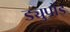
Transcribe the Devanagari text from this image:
ड्युपोंड